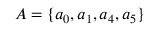
A = \{ a _ { 0 } , a _ { 1 } , a _ { 4 } , a _ { 5 } \}